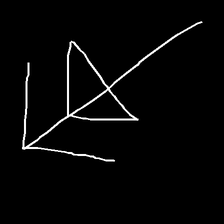
Glyph: pull